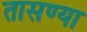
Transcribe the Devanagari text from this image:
तासण्या